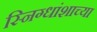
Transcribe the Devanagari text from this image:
स्निग्धांशाच्या